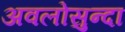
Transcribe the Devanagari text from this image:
अवलोसुन्दा